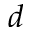
d